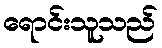
ရောင်းသူသည်